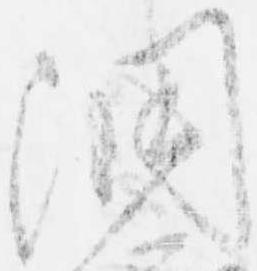
洞